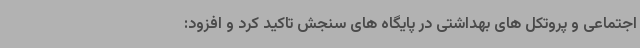
اجتماعی و پروتکل های بهداشتی در پایگاه های سنجش تاکید کرد و افزود: